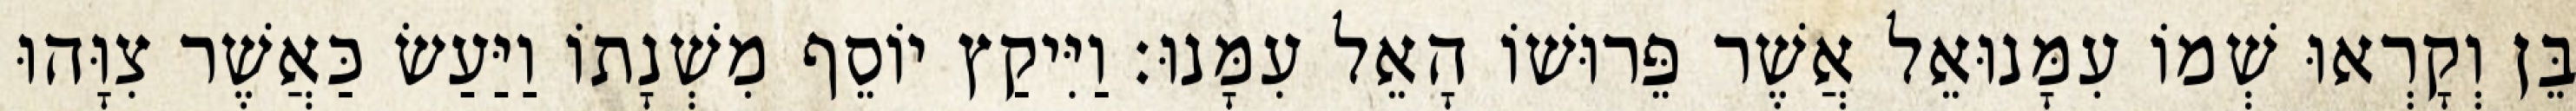
בֵּן וְקָרְאוּ שְׁמוֹ עִמָּנוּאֵל אֲשֶׁר פֵּרוּשׁוֹ הָאֵל עִמָּנוּ׃ וַיִּיקַץ יוֹסֵף מִשְׁנָתוֹ וַיַּעַשׂ כַּאֲשֶׁר צִוָּהוּ